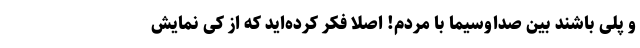
و پلی باشند بین صداوسیما با مردم! اصلا فکر کرده‌اید که از کِی نمایش